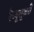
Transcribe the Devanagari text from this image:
रेव्यूलूश्नरी